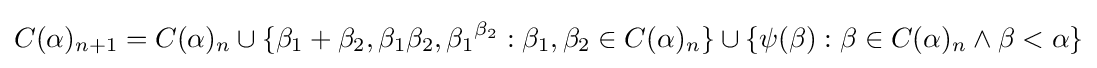
C(\alpha )_{n+1}=C(\alpha )_{n}\cup \{\beta _{1}+\beta _{2},\beta _{1}\beta _{2},{\beta _{1}}^{\beta _{2}}:\beta _{1},\beta _{2}\in C(\alpha )_{n}\}\cup \{\psi (\beta ):\beta \in C(\alpha )_{n}\land \beta <\alpha \}